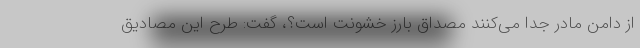
از دامن مادر جدا می‌کنند مصداق بارز خشونت است؟، گفت: طرح این مصادیق